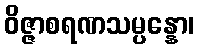
ဝိဇ္ဇာစရဏသမ္ပန္နော၊